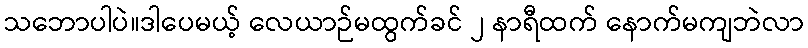
သဘောပါပဲ။ဒါပေမယ့် လေယာဉ်မထွက်ခင် ၂ နာရီထက် နောက်မကျဘဲလာ